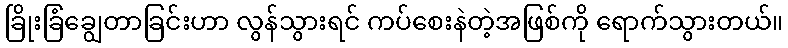
ခြိုးခြံချွေတာခြင်းဟာ လွန်သွားရင် ကပ်စေးနဲတဲ့အဖြစ်ကို ရောက်သွားတယ်။